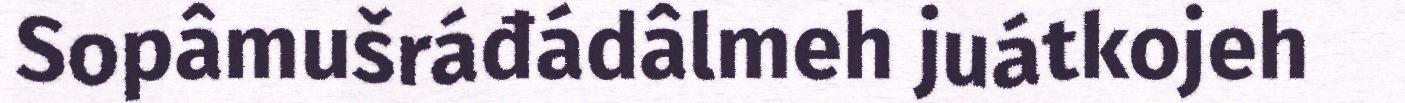
Sopâmušráđádâlmeh juátkojeh